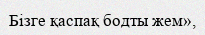
Бізге қаспақ бодты жем»,